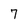
Character: 7